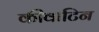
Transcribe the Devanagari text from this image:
कीवाटिन